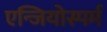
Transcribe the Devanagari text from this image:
एन्जियोस्पर्म